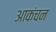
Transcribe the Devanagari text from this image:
आकंचन